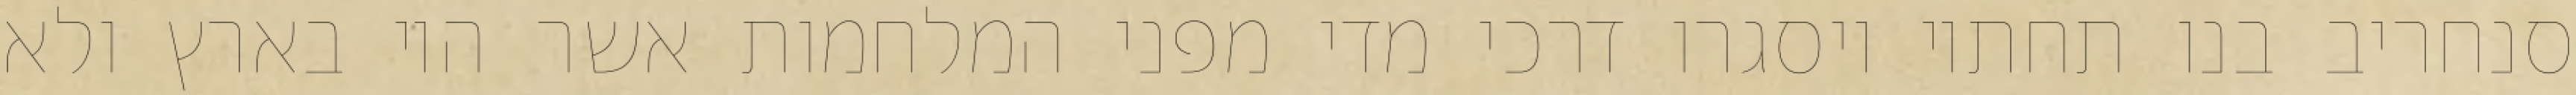
סנחריב בנו תחתיו ויסגרו דרכי מדי מפני המלחמות אשר היו בארץ ולא